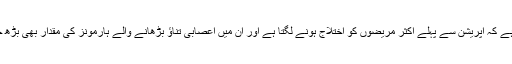
واضح رہے کہ آپریشن سے پہلے اکثر مریضوں کو اختلاج ہونے لگتا ہے اور ان میں اعصابی تناؤ بڑھانے والے ہارمونز کی مقدار بھی بڑھ جاتی ہے۔